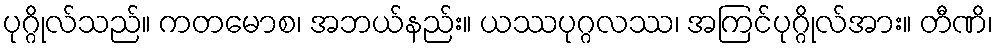
ပုဂ္ဂိုလ်သည်။ ကတမောစ၊ အဘယ်နည်း။ ယဿပုဂ္ဂလဿ၊ အကြင်ပုဂ္ဂိုလ်အား။ တီဏိ၊